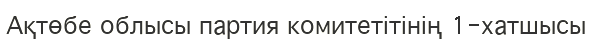
Ақтөбе облысы партия комитетітінің 1-хатшысы